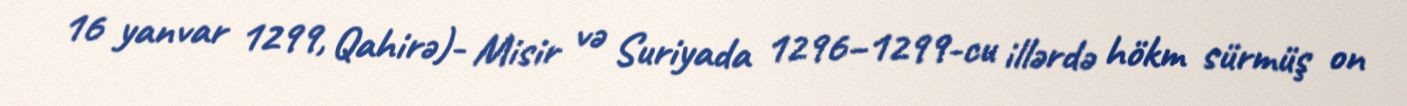
16 yanvar 1299, Qahirə)- Misir və Suriyada 1296–1299-cu illərdə hökm sürmüş on